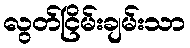
လွတ်ငြိမ်းချမ်းသာ